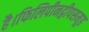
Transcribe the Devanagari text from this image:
है।फिलिपीनद्वीपसमूह